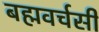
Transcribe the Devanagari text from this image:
बह्मवर्चसी